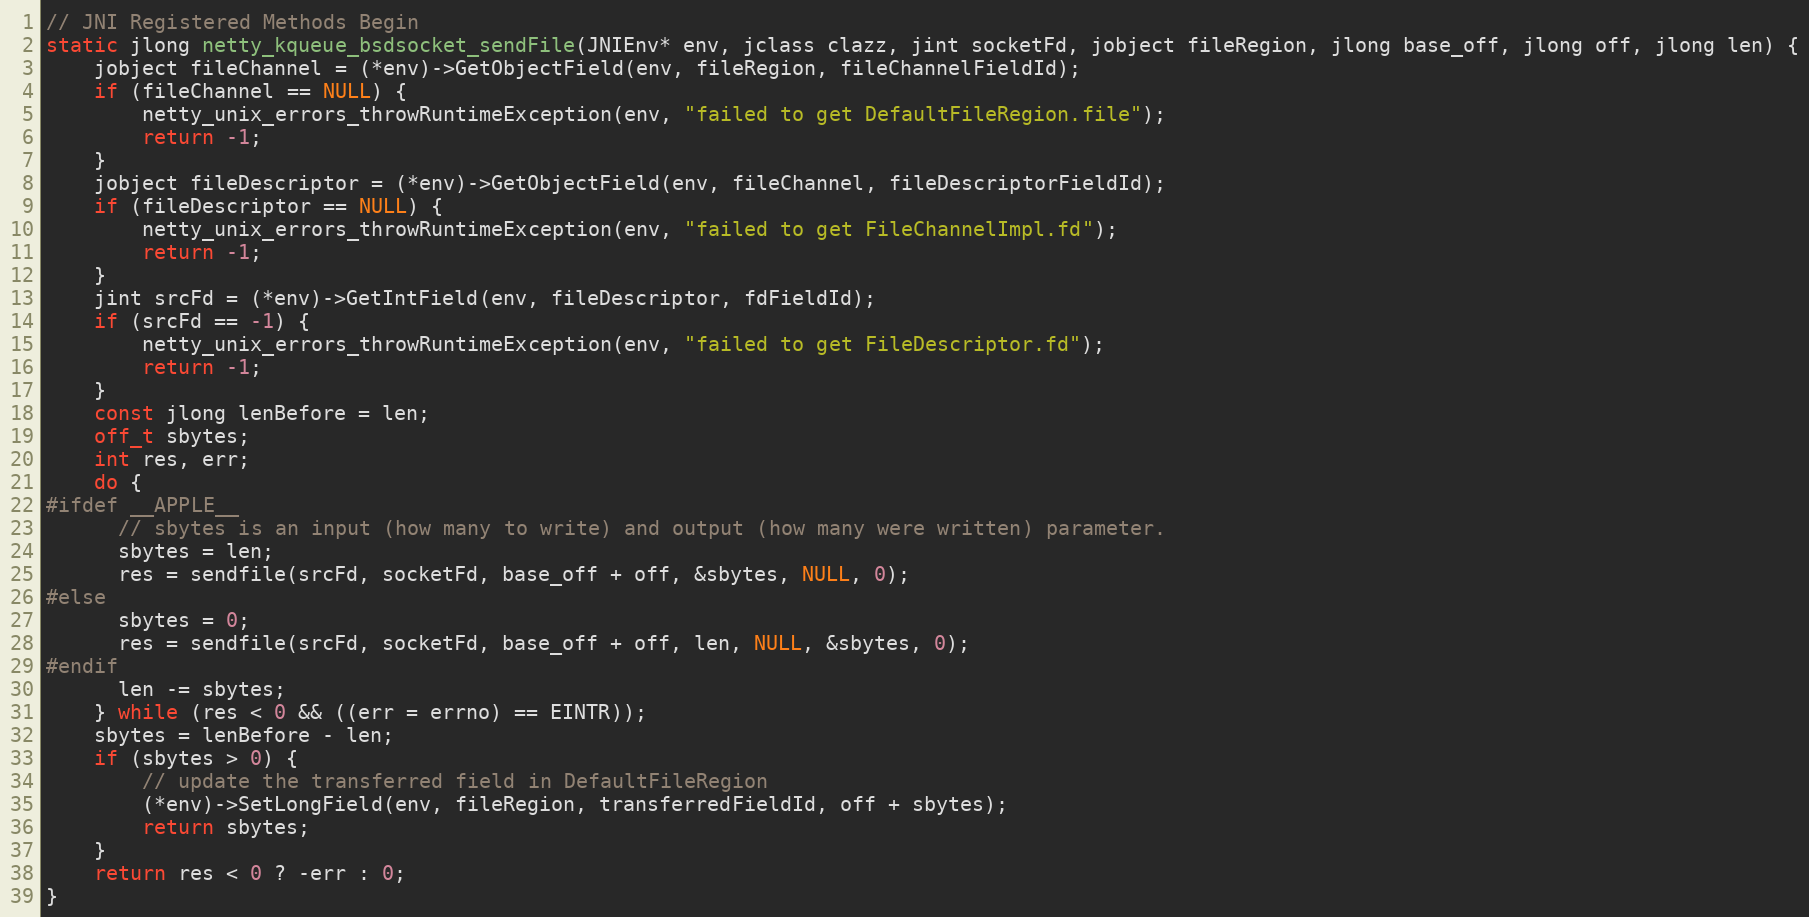
Language: C
// JNI Registered Methods Begin
static jlong netty_kqueue_bsdsocket_sendFile(JNIEnv* env, jclass clazz, jint socketFd, jobject fileRegion, jlong base_off, jlong off, jlong len) {
    jobject fileChannel = (*env)->GetObjectField(env, fileRegion, fileChannelFieldId);
    if (fileChannel == NULL) {
        netty_unix_errors_throwRuntimeException(env, "failed to get DefaultFileRegion.file");
        return -1;
    }
    jobject fileDescriptor = (*env)->GetObjectField(env, fileChannel, fileDescriptorFieldId);
    if (fileDescriptor == NULL) {
        netty_unix_errors_throwRuntimeException(env, "failed to get FileChannelImpl.fd");
        return -1;
    }
    jint srcFd = (*env)->GetIntField(env, fileDescriptor, fdFieldId);
    if (srcFd == -1) {
        netty_unix_errors_throwRuntimeException(env, "failed to get FileDescriptor.fd");
        return -1;
    }
    const jlong lenBefore = len;
    off_t sbytes;
    int res, err;
    do {
#ifdef __APPLE__
      // sbytes is an input (how many to write) and output (how many were written) parameter.
      sbytes = len;
      res = sendfile(srcFd, socketFd, base_off + off, &sbytes, NULL, 0);
#else
      sbytes = 0;
      res = sendfile(srcFd, socketFd, base_off + off, len, NULL, &sbytes, 0);
#endif
      len -= sbytes;
    } while (res < 0 && ((err = errno) == EINTR));
    sbytes = lenBefore - len;
    if (sbytes > 0) {
        // update the transferred field in DefaultFileRegion
        (*env)->SetLongField(env, fileRegion, transferredFieldId, off + sbytes);
        return sbytes;
    }
    return res < 0 ? -err : 0;
}